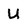
Character: U